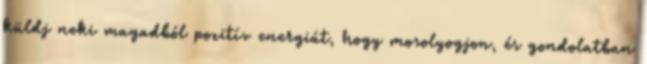
küldj neki magadból pozitív energiát, hogy mosolyogjon, és gondolatban